Papers set at the Examination for Leaving Certificates, 1895
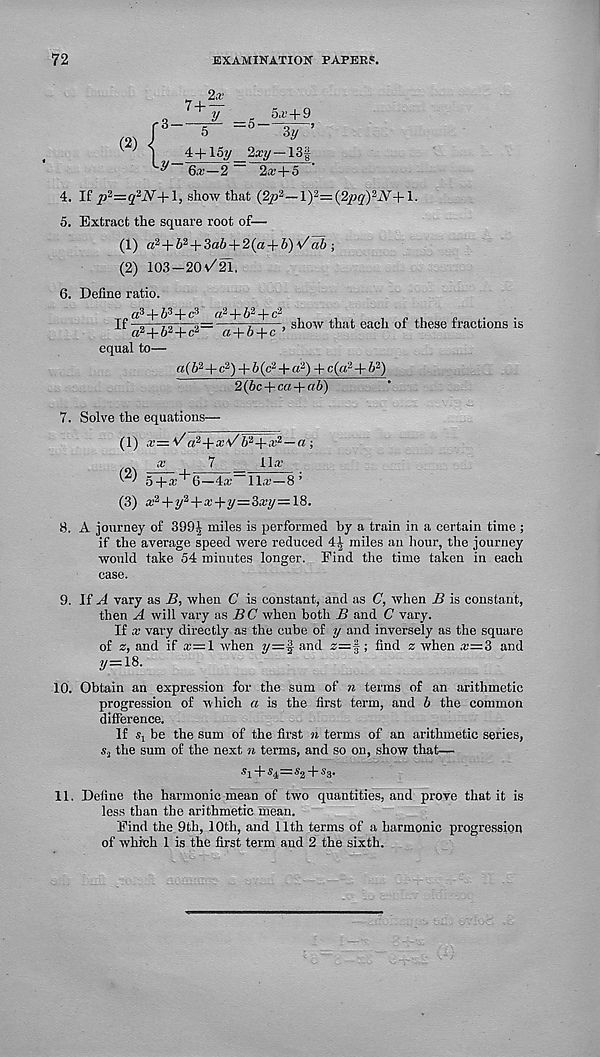
72
EXAMINATION PAPER?.
(2)
7+ y
s.f+9
5
- 5
3y ’
4+loy 2a:y—13|
6x—2 ~ 2x+.5
4. If p 2 =:q 2 'N+\, show that (2/; 3 — 1 ) 3 = (2pqy-N +1.
5. Extract the square root of—
(1) a 2 +b i + ^ab + 2{a + b)Vab ■,
(2) 103-20^21,
6. Define ratio.
a 3 + 6 3 + c 3 a 2 +6 2 4-c 2
^ a 2 4-& 2 +e 2— a + b-\-c ’
equal to—
show that each of these fractions is
a(6 3 +c 2 ) + 6 (c 2 + a 2 ) + c(a 2 +b 2 )
2{bc + ca + ab)
7. Solve the equations—
(1) x= , Sd 2 -\-xV b 2 -\-x 2 —a ;
x
7
Ha
^ 3
—4a 11a—8’
(3) A 2 +y 2 +A+y=3Ay=18.
8. A journey of 399^ miles is performed by a train in a certain time ;
if the average speed were reduced 4^ miles an hour, the journey
would take 54 minutes longer. Find the time taken in each
ease.
9. If A vary as B, when C is constant, and as C, when B is constant,
then A will vary as B C when both B and C vary.
If x vary directly as the cube of y and inversely as the square
of z, and if a=1 when y=§ and z=§; find a when a=3 and
2/=18.
10. Obtain an expression for the sum of n terms of an arithmetic
progression of which a is the first term, and b the common
difference.
If s l be the sum of the first n terms of an arithmetic series,
s. 2 the sum of the next n terms, and so on, show that—
■ $i+$4
Sa-
il. Define the harmonic mean of two quantities, and prove that it is
less than the arithmetic mean.
Find the 9th, 10th, and 11th terms of a harmonic progression
of which 1 is the first term and 2 the sixth.